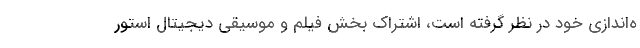
ه‌اندازی خود در نظر گرفته است، اشتراک بخش فیلم‌ و موسیقی دیجیتال استور